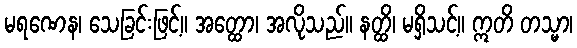
မရဏေန၊ သေခြင်းဖြင့်။ အတ္ထော၊ အလိုသည်။ နတ္ထိ၊ မရှိသင့်။ ဣတိ တသ္မာ၊